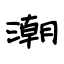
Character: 潮